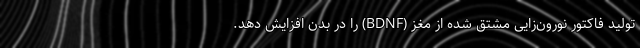
تولید فاکتور نورون‌زایی مشتق شده از مغز (BDNF) را در بدن افزایش دهد.